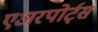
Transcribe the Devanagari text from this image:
एअरपोर्ट्‌स